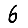
Digit: 6